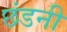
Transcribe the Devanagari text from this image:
छंडनी